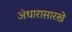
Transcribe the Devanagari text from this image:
अंधारासारखे